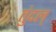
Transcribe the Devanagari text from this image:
तुंदल्